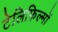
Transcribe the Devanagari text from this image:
टेलिफ़िल्मों